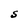
Character: S